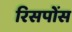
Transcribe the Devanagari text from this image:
रिसपोंस